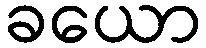
ခယော